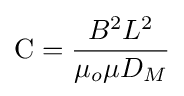
\mathrm {C} ={\frac {B^{2}L^{2}}{\mu _{o}\mu D_{M}}}